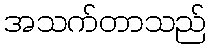
အသက်တာသည်